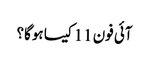
آئی فون 11 کیسا ہوگا؟